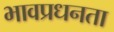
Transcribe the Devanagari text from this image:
भावप्रधनता